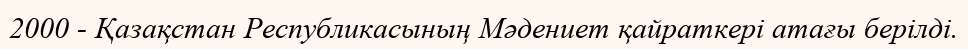
2000 - Қазақстан Республикасының Мәдениет қайраткері атағы берілді.